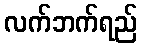
လက်ဘက်ရည်